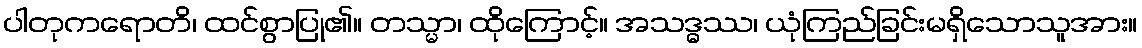
ပါတုကရောတိ၊ ထင်စွာပြု၏။ တသ္မာ၊ ထိုကြောင့်။ အသဒ္ဓဿ၊ ယုံကြည်ခြင်းမရှိသောသူအား။